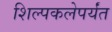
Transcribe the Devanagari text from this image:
शिल्पकलेपर्यंत